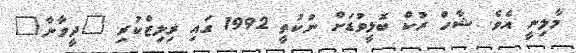
މާލިނީ އެވެ. ޝާހް ރުކް ބޮލީވުޑަށް ނުކުތީ 1992 ގައި ރިލިޒްކުރި "ދީވާނާ"